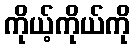
ကိုယ့်ကိုယ်ကို